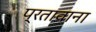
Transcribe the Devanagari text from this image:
प्रतावाना